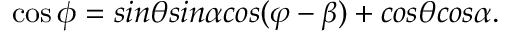
\cos \phi = s i n \theta s i n \alpha c o s ( \varphi - \beta ) + c o s \theta c o s \alpha .